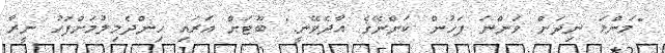
"މަންމަ ނިދަން ވަންނަ ފަހުން ކަންނޭގެ އާދެވޭނީ." ބޫޓަށް އަރައި ހިންދެމިލުމަށްފަހު ނީރާ